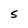
Character: S